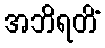
အဘိရတိံ